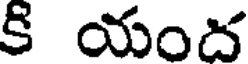
కి యంద